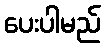
ပေးပါမည်